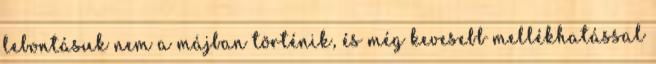
lebontásuk nem a májban történik, és még kevesebb mellékhatással